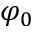
\varphi _ { 0 }